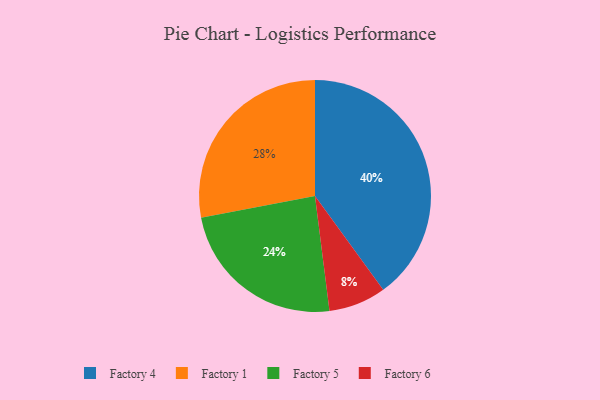
{"axis": {"x": "Category", "y": "Percentage"}, "legend": ["Factory 1", "Factory 4", "Factory 5", "Factory 6"], "data": [{"x": "Factory 4", "y": 40, "type": "Factory 4"}, {"x": "Factory 5", "y": 24, "type": "Factory 5"}, {"x": "Factory 6", "y": 8, "type": "Factory 6"}, {"x": "Factory 1", "y": 28, "type": "Factory 1"}]}